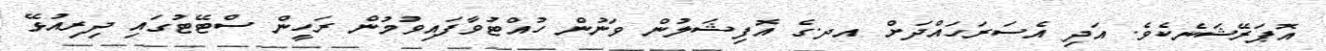
އޮޕަރޭޝަނެކެވެ. އަދި އެސަރަހައްދަށް އދ.ގެ އޮފިޝަލުން ވަނުން ހުއްޓުވާފައިވުމުން ރަހީން ސްޓޭޓުގައި ދިރިއުޅޭ